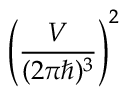
\left( \frac { { \cal { V } } } { ( 2 \pi \hbar ) ^ { 3 } } \right) ^ { 2 }